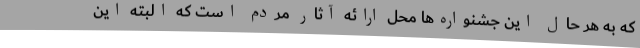
که به هر حال این جشنواره‌ها محل ارائه آثار مردم است که البته این